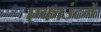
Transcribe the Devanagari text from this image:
एकाउंटमें